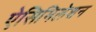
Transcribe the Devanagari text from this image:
ऐसिमिलेशन